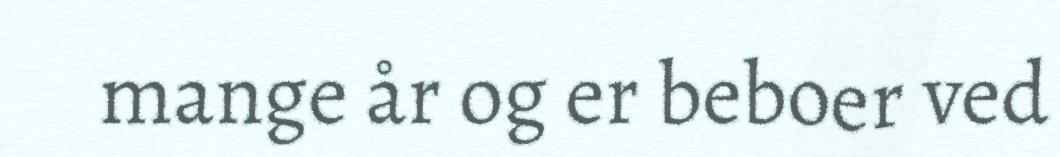
mange år og er beboer ved